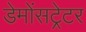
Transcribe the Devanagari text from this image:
डेमोंसट्रेटर